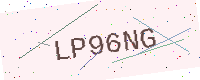
Text: LP96NG